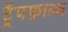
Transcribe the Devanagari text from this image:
ट्रैपफ़ाल्स